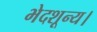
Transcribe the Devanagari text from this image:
भेदशून्य।